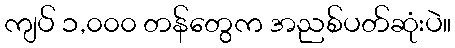
ကျပ် ၁,၀၀၀ တန်တွေက အညစ်ပတ်ဆုံးပဲ။